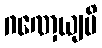
ဂဏှေယျပိ